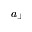
a _ { \bot }